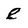
Character: e